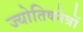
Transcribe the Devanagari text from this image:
ज्योतिषनेत्रों